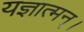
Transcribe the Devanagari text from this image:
यज्ञात्मन्‌।